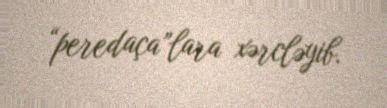
“peredaça”lara xərcləyib.